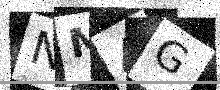
Text: NM4G